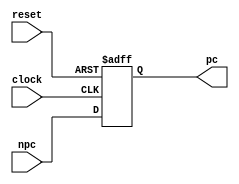
module pc(pc,clock,reset,npc);



output [31:0] pc;

input clock;

input reset;

input [31:0] npc;
reg [31:0] pc;
always @(posedge clock or negedge reset)
	begin 
        if(!reset) 
            begin
            pc <= 32'h0000_3000;
            //0x3000000
            end
        else 
            begin
            pc <= npc;
            end 
	end
endmodule